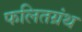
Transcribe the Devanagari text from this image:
फलितग्रंथ